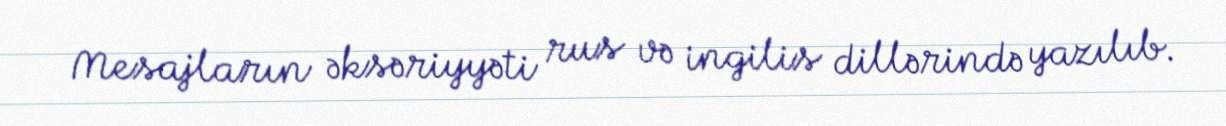
Mesajların əksəriyyəti rus və ingilis dillərində yazılıb.